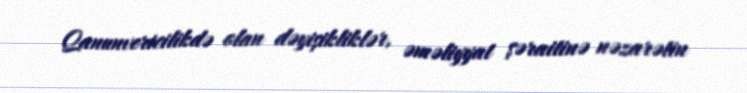
Qanunvericilikdə olan dəyişikliklər, əməliyyat şəraitinə nəzarətin